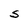
Character: S